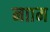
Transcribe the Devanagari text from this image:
नााम